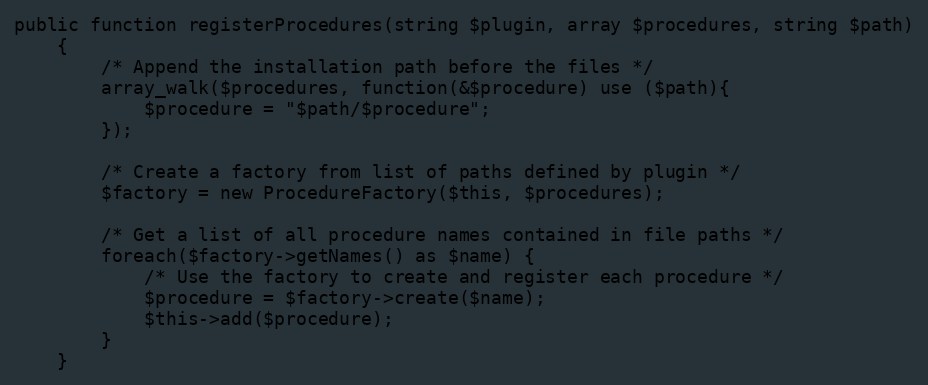
Language: PHP
public function registerProcedures(string $plugin, array $procedures, string $path)
    {
        /* Append the installation path before the files */
        array_walk($procedures, function(&$procedure) use ($path){
            $procedure = "$path/$procedure";
        });

        /* Create a factory from list of paths defined by plugin */
        $factory = new ProcedureFactory($this, $procedures);

        /* Get a list of all procedure names contained in file paths */
        foreach($factory->getNames() as $name) {
            /* Use the factory to create and register each procedure */
            $procedure = $factory->create($name);
            $this->add($procedure);
        }
    }